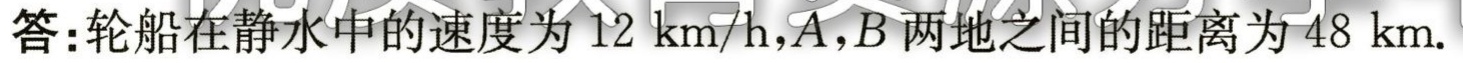
答：轮船在静水中的速度为\(12\ \text{km/h}\)，\(A\)，\(B\)两地之间的距离为\(48\ \text{km}\).